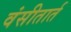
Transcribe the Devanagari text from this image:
वंसीतार्त